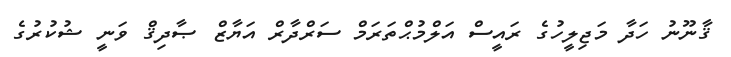
ޤާނޫނު ހަދާ މަޖިލީހުގެ ރައީސް އަލްމުޙްތަރަމް ސަރްދާރް އަޔާޒް ޞާދިޤް ވަނީ ޝުކުރުގެ